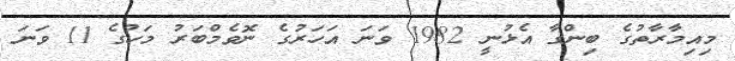
މިއިމާރާތުގެ ބިންގާ އެޅުނީ 1982 ވަނަ އަހަރުގެ ނޮވެމްބަރު މަހުގެ 11 ވަނަ